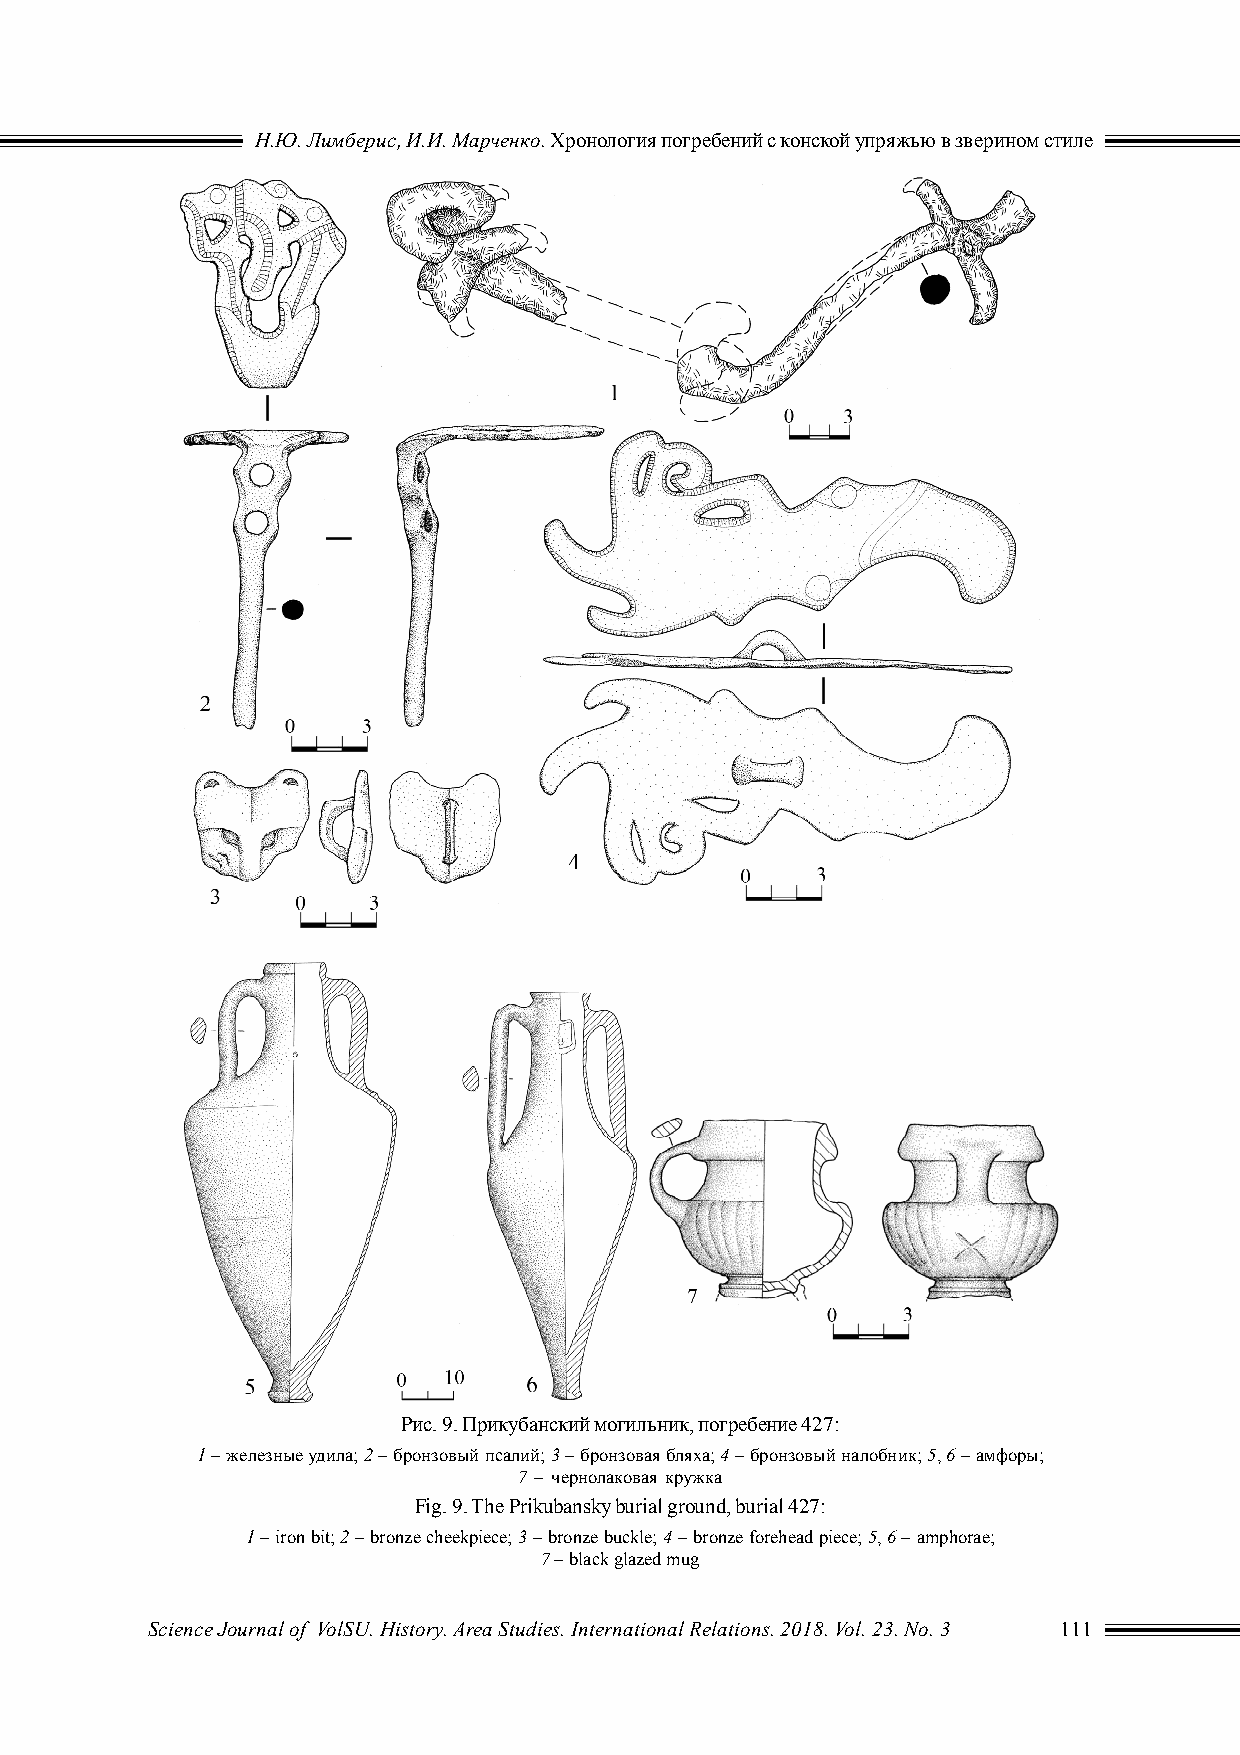
Н.Ю. Лимберис, И.И. Марченко. Хронология погребений с конской упряжью в зверином стиле
 Рис. 9. Прикубанский могильник, погребение 427:
 1 – железные удила; 2 – бронзовый псалий; 3 – бронзовая бляха; 4 – бронзовый налобник; 5, 6 – амфоры;
 7 – чернолаковая кружка
 Fig. 9. The Prikubansky burial ground, burial 427:
 1 – iron bit; 2 – bronze cheekpiece; 3 – bronze buckle; 4 – bronze forehead piece; 5, 6 – amphorae;
 7 – black glazed mug
 Science Journal of VolSU. History. Area Studies. International Relations. 2018. Vol. 23. No. 3 111